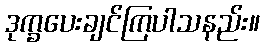
ဒုက္ခပေးချင်ကြပါသနည်း။